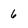
Character: 6